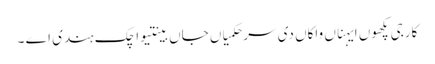
کارجی پکھوں ایہناں واکاں دی سر حکمیاں جاں بینتیواچک ہندی اے ۔